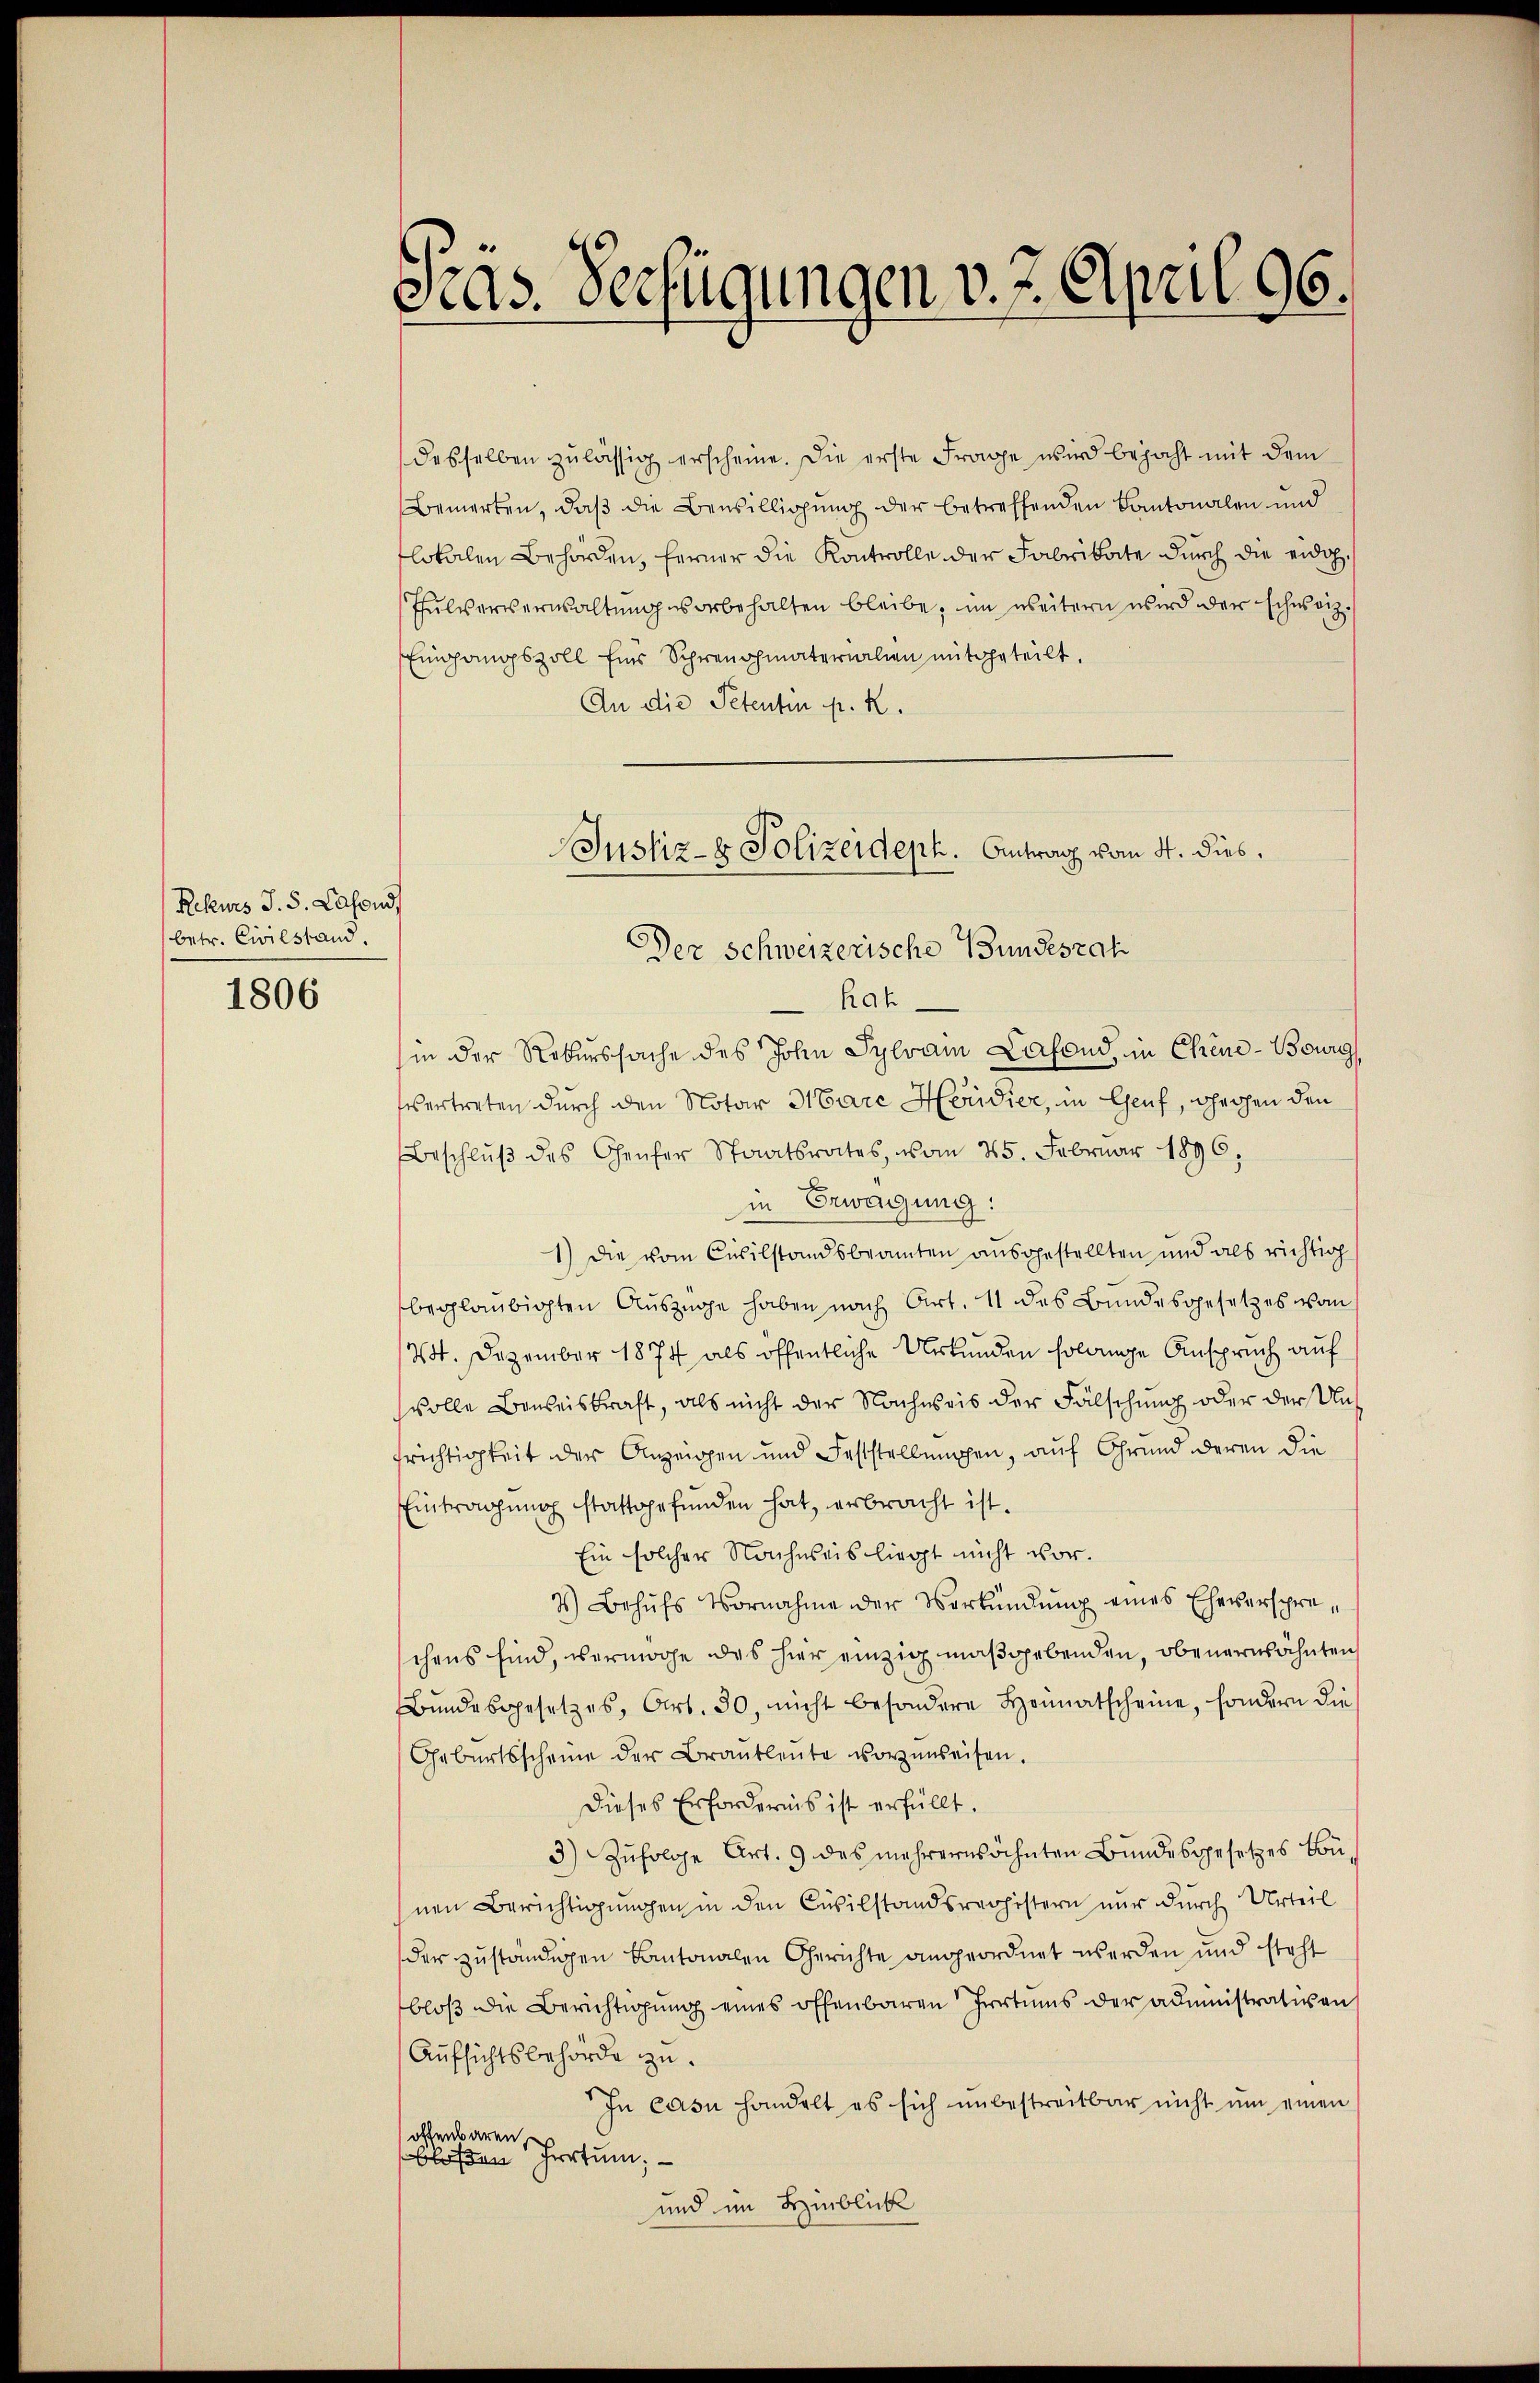
Rekurs J. S. Lafond,
betr. Civilstand
1806

Pras. Verfügungen v. 7. April 96.

desselben zulässig erscheine. Die erste Frage wird bejaht mit dem
Bemerken, daß die Bewilligung der betreffenden Kantonalen und
lokalen Behörden, ferner die Kontrolle der Fabrikate durch die eidg.
Sulververwaltung vorbehalten bleibe, im weitern wird der schweiz.
Eingangszoll Eins Schreichmaterialien mitgeteilt,
An die Petenten pr. K.
Der Schweizerische Bundeszah
hah
in der Rekurssache des John Sylvain Lafond, in Chene-Bourg
svertreten durch den Notar Marc Heridier, in Genf, gegen den
Beschlŭβ des Genfer Staatsrates, vom 25. Februar 1896.
in Erwägung:
1.) Die vom Civilstandsbeamten ausgestellten und als richtig
beglaubigten Auszüge haben nach Art. 11 des Bundesgesetzes von
24. Dezember 1874 als öffentliche Urkunden solange Anspruch auf
svolle Bauweiskraft, als nicht der Nachweis der Fälschung oder der Unfrichtigkeit der Anzeigen und Feststellungen, auf Grund deren die
Eintragung stattgefunden hat, erbracht ist.
Ein solcher Nachweis liegt nicht vor¬
3) Behufs Vornahme der Verkündung eines Eheverspreschens sind, vermöge des hier einzig maßgebenden, obenerwähnten
Bŭndesgesetzes, Art. 30, nicht besondere Heimatscheine, sondern die
Geburtsscheine der Brautleute vorzuweisen.
Dieses Erfordernis ist erfüllt.
3) Zufolge Art. 9 des mehrerwähnten Bundesgesetzes von
nen Berichtigungen in den Civilstandsregistern nur durch Urteil
der zuständigen Kantonalen Gerichte angeordnet werden und steht
bloβ die Berichtigŭng eines offenbaren Irrtums der administrativen
Aufsichtsbehörde zu.
In casu handelt es sich unbestreitbar nicht ŭm einen
offenbaren,
bloßen Irrtum; —
und im Hinblick

Justiz- & Polizeideph. Antrag vom 4. dies